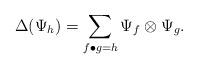
LaTeX: \begin{align*}\Delta(\Psi_h)=\sum_{f\bullet g=h}\Psi_f\otimes \Psi_g.\end{align*}